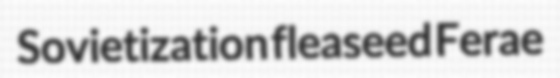
Sovietization fleaseed Ferae